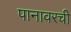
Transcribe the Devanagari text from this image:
पानावरची